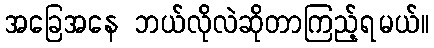
အခြေအနေ ဘယ်လိုလဲဆိုတာကြည့်ရမယ်။